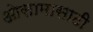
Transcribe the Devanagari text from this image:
ओसामासाठी